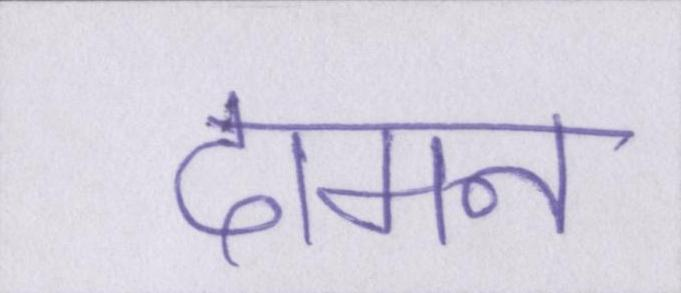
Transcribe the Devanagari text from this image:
दामन